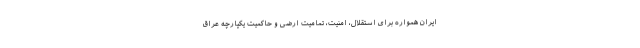
ایران همواره برای استقلال، امنیت، تمامیت ارضی و حاکمیت یکپارچه عراق